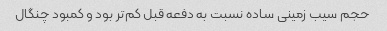
حجم سیب زمینی ساده نسبت به دفعه قبل کم‌تر بود و کمبود چنگال